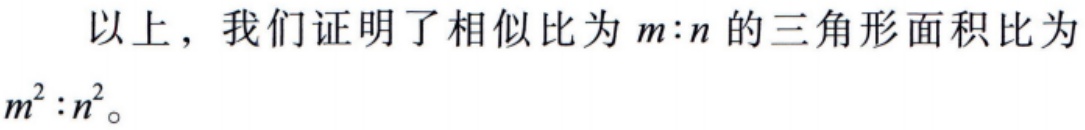
以上，我们证明了相似比为 \(m:n\) 的三角形面积比为 \(m^{2}:n^{2}\)。